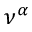
\nu ^ { \alpha }